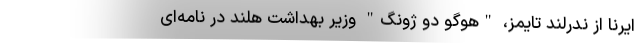
ایرنا از ندرلند تایمز، "هوگو دو ژونگ" وزیر بهداشت هلند در نامه‌ای